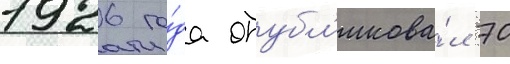
1926 го́да опубл'икова́л 70